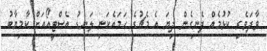
ވާދަވެރި ކުޅުމެއް ފެނިގެން ދިޔަ އެ މެޗުގެ ހަމައެކަނި ލަނޑު އެސްޓީއޯއަށް ކާމިޔާބު